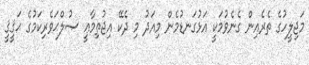
މަޖިލީހުގެ ތެރެއިން ގެނެވުމަކީ އަޅުގަނޑުމެން މިއަދު މި ދެކޭ އިޖުތިމާޢީ ޞުލްޙަވެރިކަމުގެ ޙަޤީޤީ